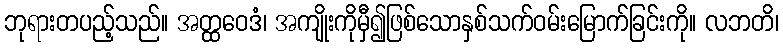
ဘုရားတပည့်သည်။ အတ္ထဝေဒံ၊ အကျိုးကိုမှီ၍ဖြစ်သောနှစ်သက်ဝမ်းမြောက်ခြင်းကို။ လဘတိ၊